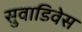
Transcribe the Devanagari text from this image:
सुवाडिवेस